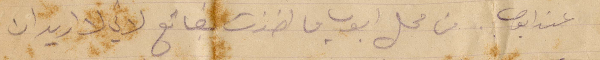
عند أيوب. من محل أيوب ما اخذت بضائع لأني لا اريد ان